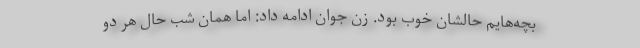
بچه‌هایم حالشان خوب بود. زن جوان ادامه داد: اما همان شب حال هر دو